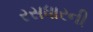
રસધારની